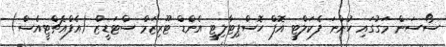
ސޯސަން މަގުގައި ހުންނަ ފެކަލްޓީ އޮފް ހޮސްޕިޓާލިޓީ އެންޑް ޓޫރިޒަމް ސްޓަޑީޒް (އެފްއެޗްޓީއެސް)